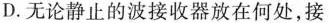
D.无论静止的波接收器放在何处，接